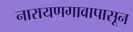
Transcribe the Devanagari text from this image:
नारायणगावापासून